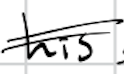
Text: his
Cross-out: double-line
Writing tool: digital_black